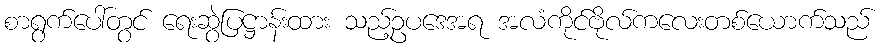
စာရွက်ပေါ်တွင် ရေးဆွဲပြဋ္ဌာန်းထား သည့်ဥပဒေအရ အလံကိုင်ဗိုလ်ကလေးတစ်ယောက်သည်